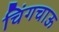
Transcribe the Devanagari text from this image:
चिंगचाऊ